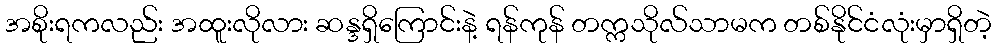
အစိုးရကလည်း အထူးလိုလား ဆန္ဒရှိကြောင်းနဲ့ ရန်ကုန် တက္ကသိုလ်သာမက တစ်နိုင်ငံလုံးမှာရှိတဲ့